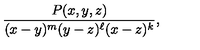
\frac { P ( x , y , z ) } { ( x - y ) ^ { m } ( y - z ) ^ { \ell } ( x - z ) ^ { k } } , \quad